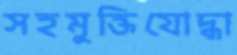
সহমুক্তিযোদ্ধা